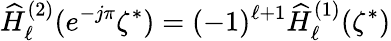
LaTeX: \widehat{H}_{\ell}^{(2)}(e^{-j\pi}\zeta^{*})=(-1)^{\ell+1}\widehat{H}_{\ell}^{(1)}(\zeta^{*})